Elephants and their diseases
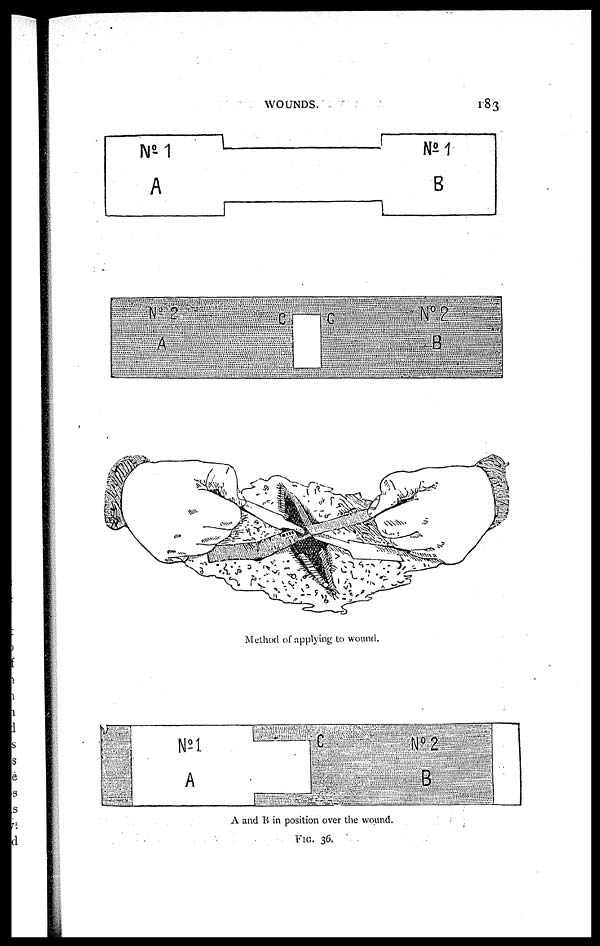
WOUNDS.
183
Method of applying to wound.
A and B in position over the wound.
FIG. 36.